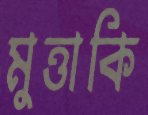
মুত্তাকি